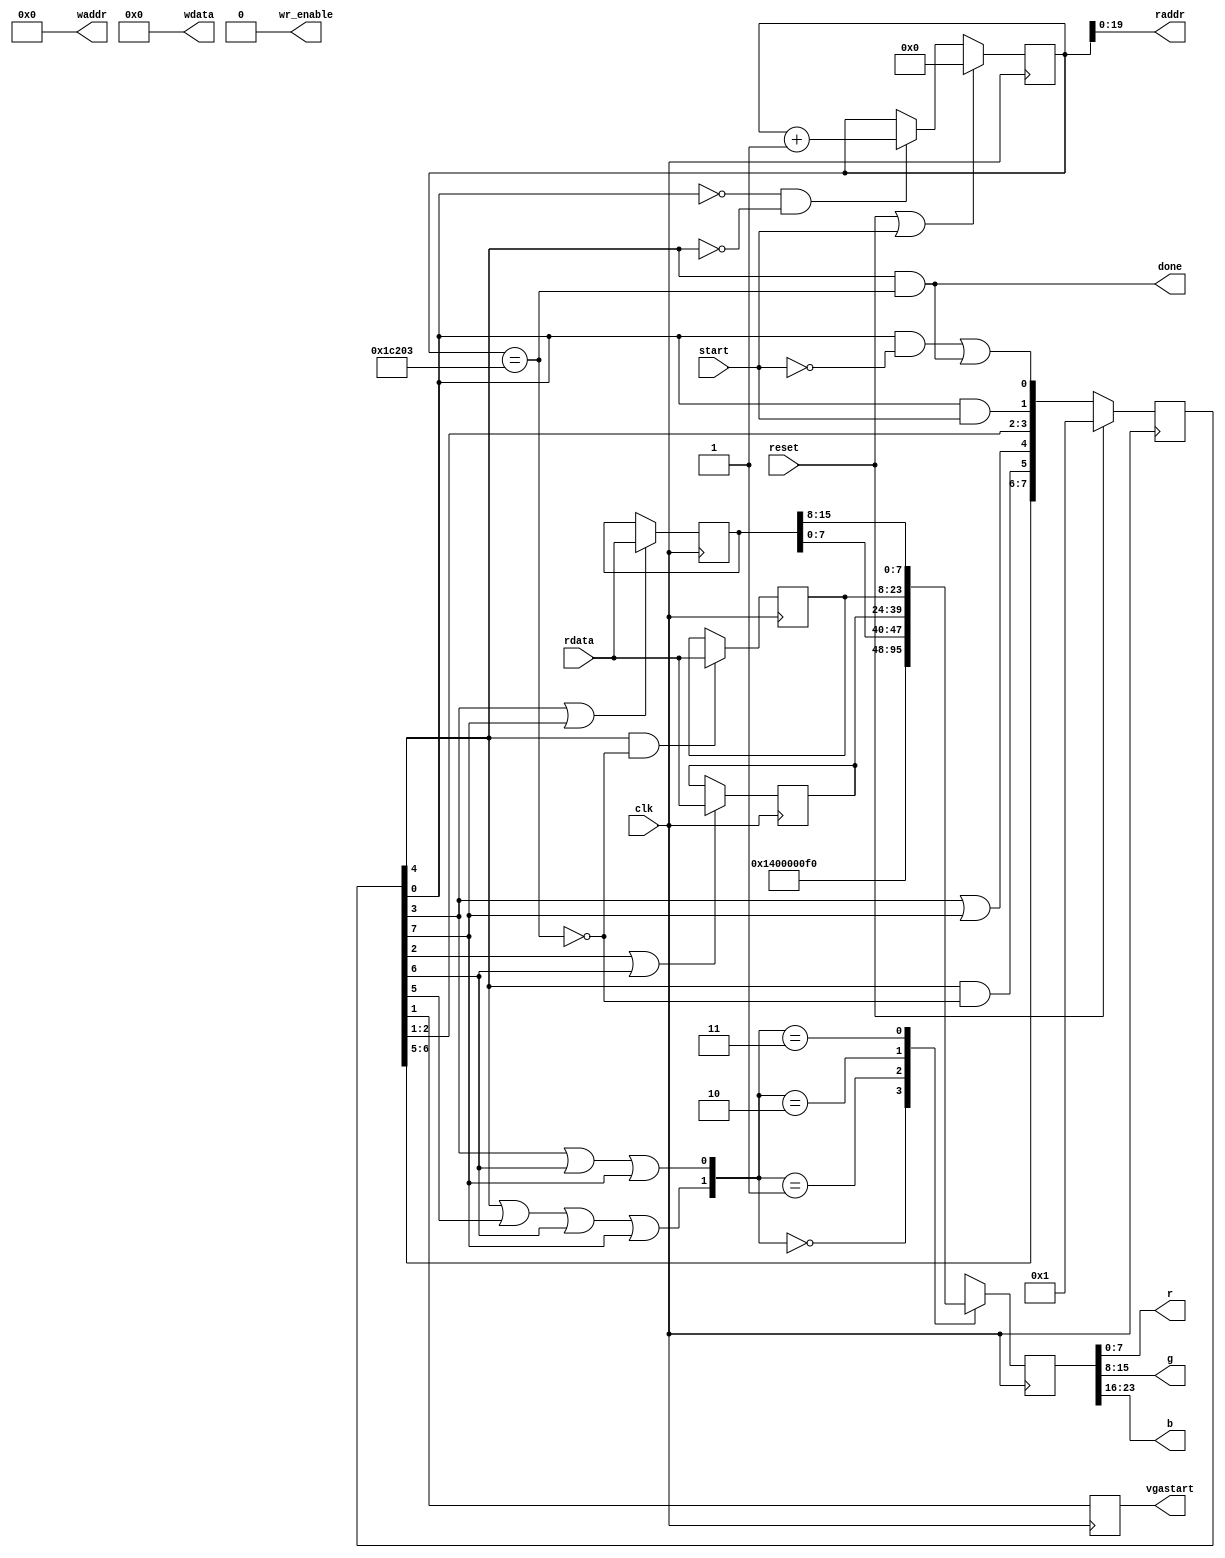
`default_nettype none
module sram_vga_controller#(
		parameter AW = 20,
		parameter DW = 16,
		parameter START_ADDR = 0,
		parameter IMAGE_WIDTH = 320,
		parameter IMAGE_HEIGHT = 240)
	(
		input wire reset,
		input wire clk,
		
		input wire start, // 
		output reg done,
		
		// *********** SRAM Interface Signals ****************************
		// Read-only port
		output wire [AW-1:0]	raddr,
		input wire	[DW-1:0]	rdata,
		// Write-only port
		output wire [AW-1:0]	waddr,
		output wire [DW-1:0]	wdata,
		output wire 			wr_enable,
		// ************* VGA Controller Interface Signals *****************
		output reg vgastart,
		output wire [7:0] r,
		output wire [7:0] g,
		output wire [7:0] b
	);	
	
	localparam W = IMAGE_WIDTH;
	localparam H = IMAGE_HEIGHT;
	
	assign waddr = 0;
	assign wdata = 0;
	assign wr_enable = 0;
	
	// Definition of signals 
	reg [23:0] rgb;
	reg vga_start_int ;
	
	reg [15:0] rdata0, rdata1, rdata2;
	reg [1:0] sel_rgb;
	
	reg [31:0] cnt ;
	reg clear_cnt , en_cnt ;
	
	reg [2:0] en_rdata ;
	
	reg eq;
	
	// Definition of state
	reg [7:0] s, ns;
	
	always@(posedge clk)begin
		// state register
		if(reset)
			s <=1;
		else
			s <= ns;
		
		// cnt register
		if(reset || clear_cnt)
			cnt <= START_ADDR;
		else if (en_cnt)
			cnt <= cnt + 1 ;
		
		// rdata0,1,2 register
		if(en_rdata[0])
			rdata0 <= rdata;
		if(en_rdata[1])
			rdata1 <= rdata;
		if(en_rdata[2])
			rdata2 <= rdata;
		
		// rgb mux and register
		case (sel_rgb)
			2'h0:
				rgb <= {8'h0,W[15:0]};
			2'h1:
				rgb <= {8'h0,H[15:0]};
			2'h2:
				rgb <= {rdata1[7:0],rdata0[15:0]};
			2'h3:
				rgb <= {rdata2[15:0],rdata1[15:8]};
			
		endcase
		
		vgastart <= vga_start_int;
	end
	
	// assign output
	assign r = rgb[0+:8];
	assign g = rgb[8+:8];
	assign b = rgb[16+:8];
	
	// assign read address for SRAM
	assign raddr = cnt[AW-1:0];
	
	wire [1:0] a = {start, eq};
	
	// Conbinational logic for control and next state signal
	always@(*)begin
		clear_cnt = start;
		en_rdata[0] = s[2] | s[6];
		en_rdata[1] = s[3] | s[7];
		en_rdata[2] = s[4] & ~eq;
		
		eq = cnt == (START_ADDR+W*H*3/2 + 3);
		
		ns[0] = s[0] &&(~a[1]) || s[4]&a[0];
		ns[1] = s[0] &&(a[1]);
		ns[2] = s[1] ;
		ns[3] = s[2] ;
		ns[4] = s[3] || s[7];
		ns[5] = s[4] && ~a[0];
		ns[6] = s[5];
		ns[7] = s[6];
		
		
		sel_rgb[0]= s[3] | s[6] | s[7];
		sel_rgb[1]= s[4] | s[5] | s[6] | s[7];
		
		en_cnt = ~s[0] & ~s[4];
		done = s[4] & eq;
		vga_start_int = s[1];
	end		
endmodule